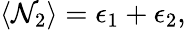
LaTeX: \begin{array}{r}{\langle\mathcal{N}_{2}\rangle=\epsilon_{1}+\epsilon_{2},}\end{array}